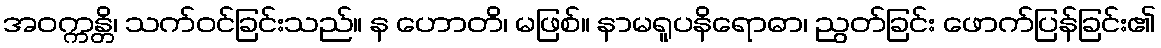
အဝက္ကန္တိ၊ သက်ဝင်ခြင်းသည်။ န ဟောတိ၊ မဖြစ်။ နာမရူပနိရောဓာ၊ ညွတ်ခြင်း ဖောက်ပြန်ခြင်း၏